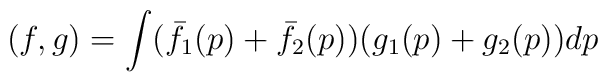
(f,g)=\int (\bar f_1(p)+\bar f_2(p))(g_1(p)+g_2(p))dp